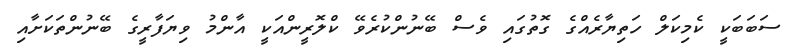
ސަބަބަކީ ކެމިކަލް ހަތިޔާރެއްގެ ގޮތުގައި ވެސް ބޭނުންކުރެވޭ ކްލޮރީންއަކީ އާންމު ވިޔަފާރީގެ ބޭނުންތަކަށާއި